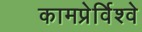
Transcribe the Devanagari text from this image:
कामप्रेर्विश्वे